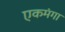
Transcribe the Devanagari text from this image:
एकमंगा